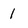
Character: 1